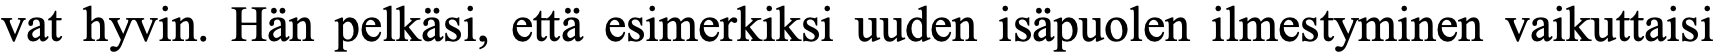
vat hyvin. Hän pelkäsi, että esimerkiksi uuden isäpuolen ilmestyminen vaikuttaisi